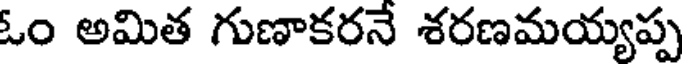
ఓం అమిత గుణాకరనే శరణమయ్యప్ప